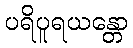
ပရိပူရယန္တော